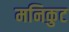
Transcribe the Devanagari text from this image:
मनिकुट